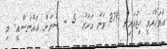
އަވަހާރަވީ ހިޖުރައިން 279 ވަނަ އަހަރު. 5 - ސުނަން އައްނަސާއީ: މި